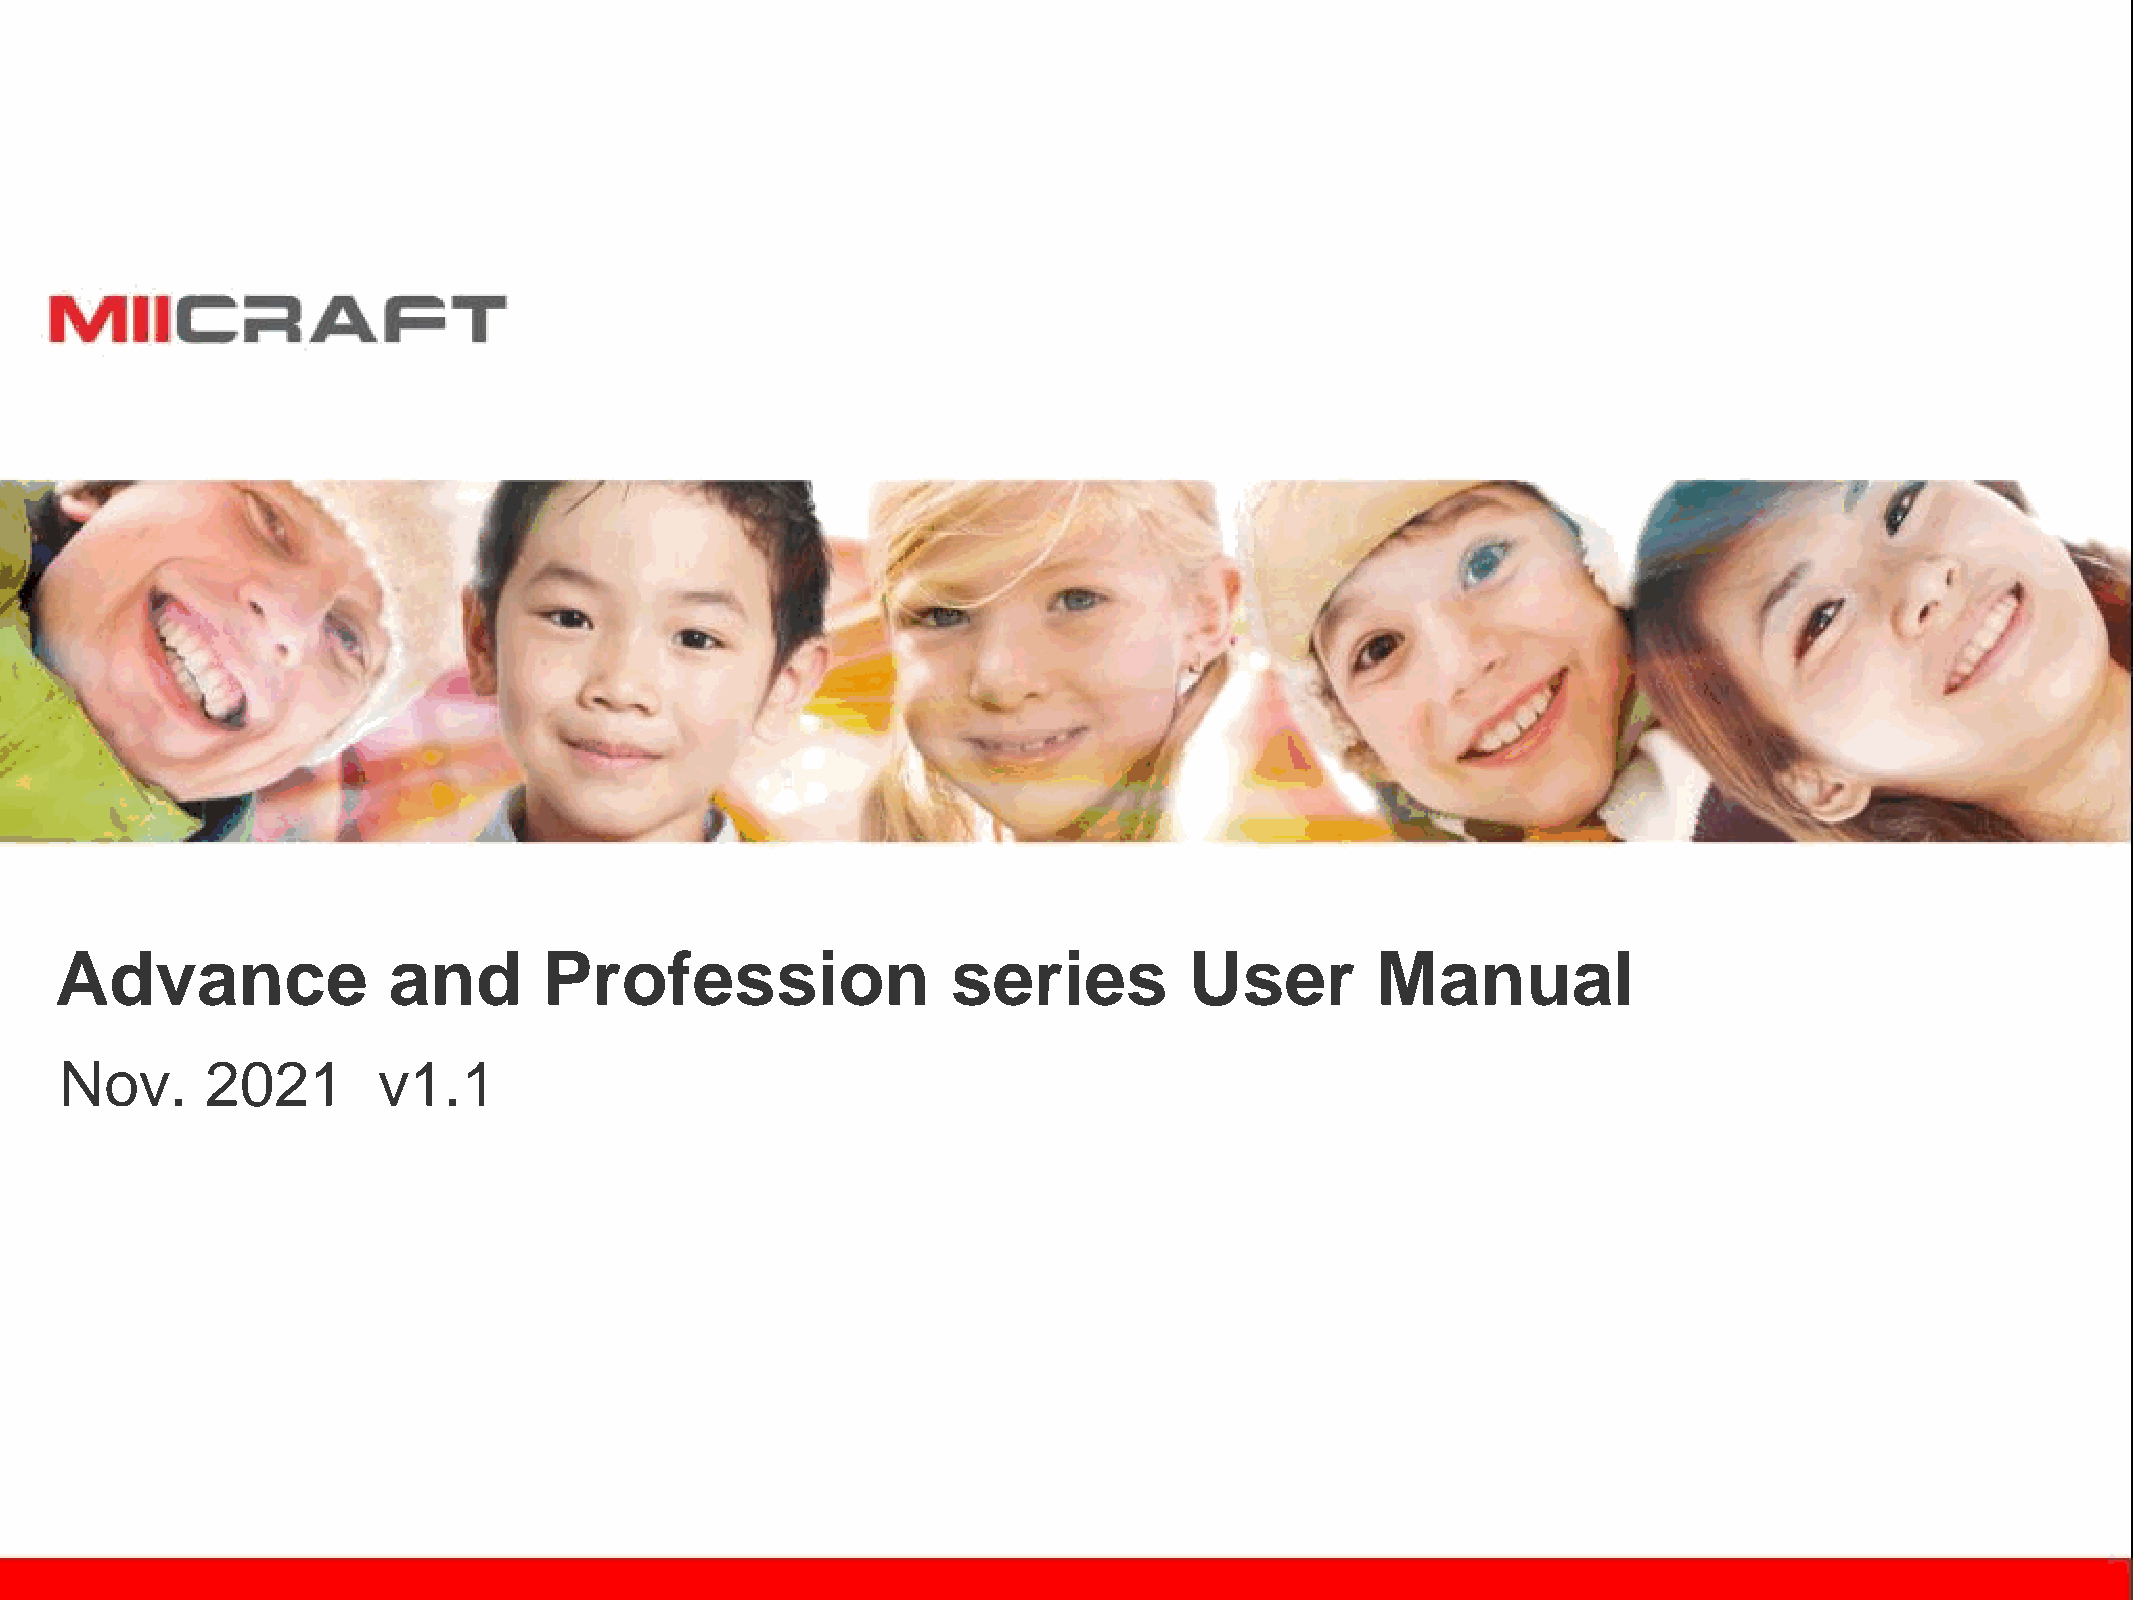
Advance               and       Profession                 series          User        Manual
 Nov.      2021       v1.1
 Strictly Confidential